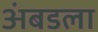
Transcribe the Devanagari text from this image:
अंबडला